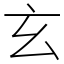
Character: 玄